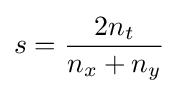
s={\frac {2n_{t}}{n_{x}+n_{y}}}